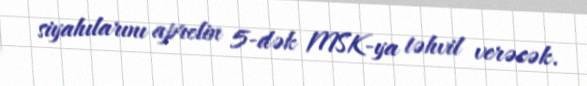
siyahılarını aprelin 5-dək MSK-ya təhvil verəcək.